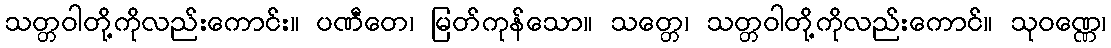
သတ္တဝါတို့ကိုလည်းကောင်း။ ပဏီတေ၊ မြတ်ကုန်သော။ သတ္တေ၊ သတ္တဝါတို့ကိုလည်းကောင်။ သုဝဏ္ဏေ၊